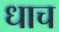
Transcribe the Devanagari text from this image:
धाच